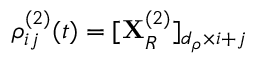
\rho _ { i j } ^ { ( 2 ) } ( t ) = [ \mathbf { X } _ { R } ^ { ( 2 ) } ] _ { d _ { \rho } \times i + j }